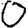
Digit: 0